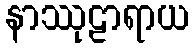
နာဿုဠာရာယ